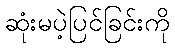
ဆုံးမပဲ့ပြင်ခြင်းကို